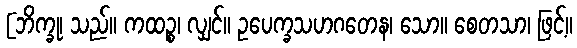
[ဘိက္ခု၊ သည်။ ကထဉ္စ၊ လျှင်။ ဥပေက္ခသဟဂတေန၊ သော။ စေတသာ၊ ဖြင့်။